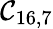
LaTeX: \mathcal{C}_{16,7}